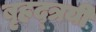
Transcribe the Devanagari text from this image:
बृहद्त्रयी